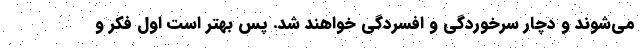
می‌شوند و دچار سرخوردگی و افسردگی خواهند شد. پس بهتر است اول فکر و